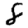
Digit: 8